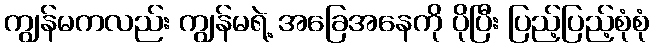
ကျွန်မကလည်း ကျွန်မရဲ့ အခြေအနေကို ပိုပြီး ပြည့်ပြည့်စုံစုံ